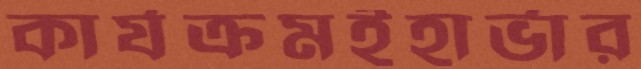
কার্যক্রমইহার্ভার